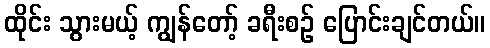
ထိုင်း သွားမယ့် ကျွန်တော့် ခရီးစဉ် ပြောင်းချင်တယ်။